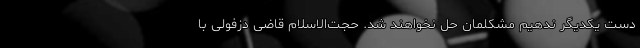
دست یکدیگر ندهیم مشکلمان حل نخواهند شد. حجت‌الاسلام قاضی دزفولی با